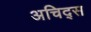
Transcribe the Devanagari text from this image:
अचिद्स